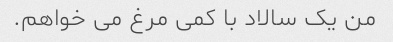
من یک سالاد با کمی مرغ می خواهم.